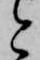
と